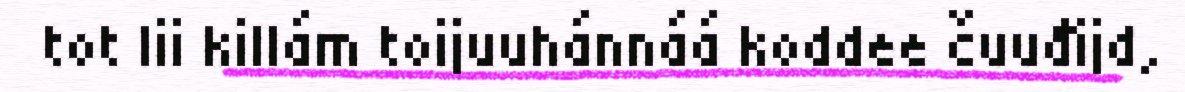
tot lii killám toijuuhánnáá koddee čuuđijd,